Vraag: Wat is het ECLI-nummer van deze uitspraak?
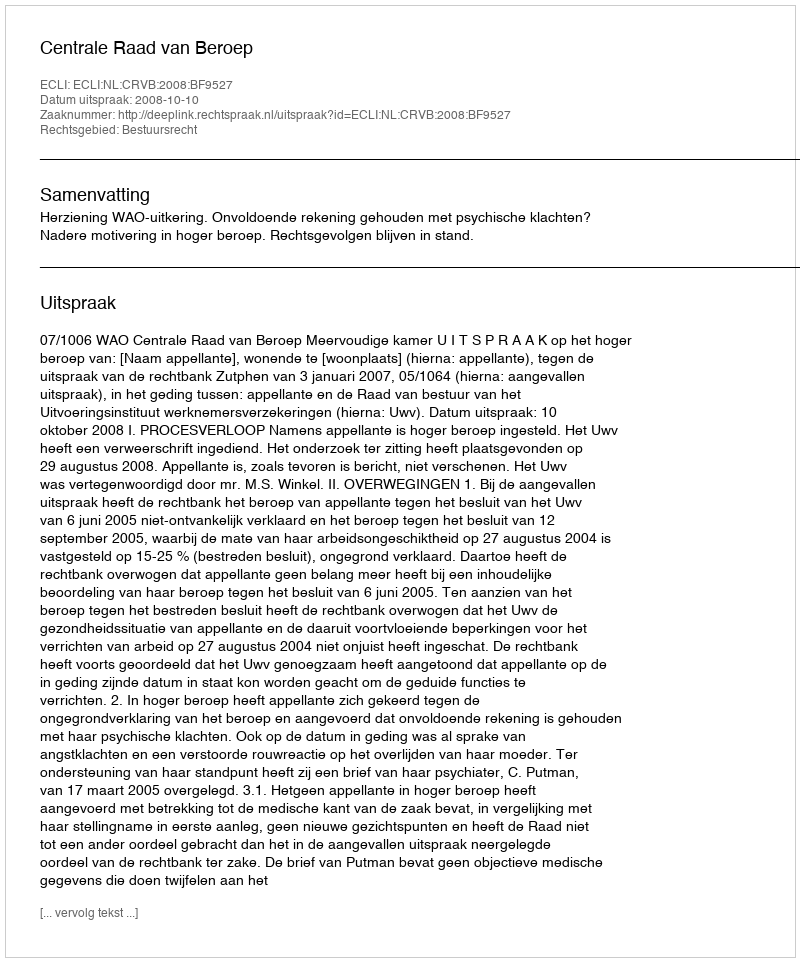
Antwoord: ECLI:NL:CRVB:2008:BF9527